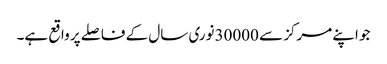
جو اپنے مرکز سے 30000نوری سال کے فاصلے پر واقع ہے۔